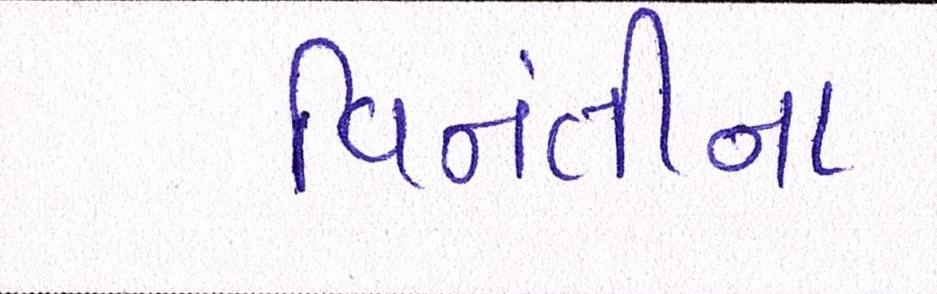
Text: વિનંતીના